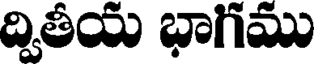
ద్వితీయ భాగము